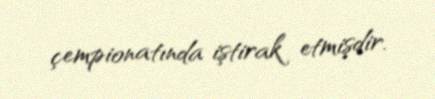
çempionatında iştirak etmişdir.